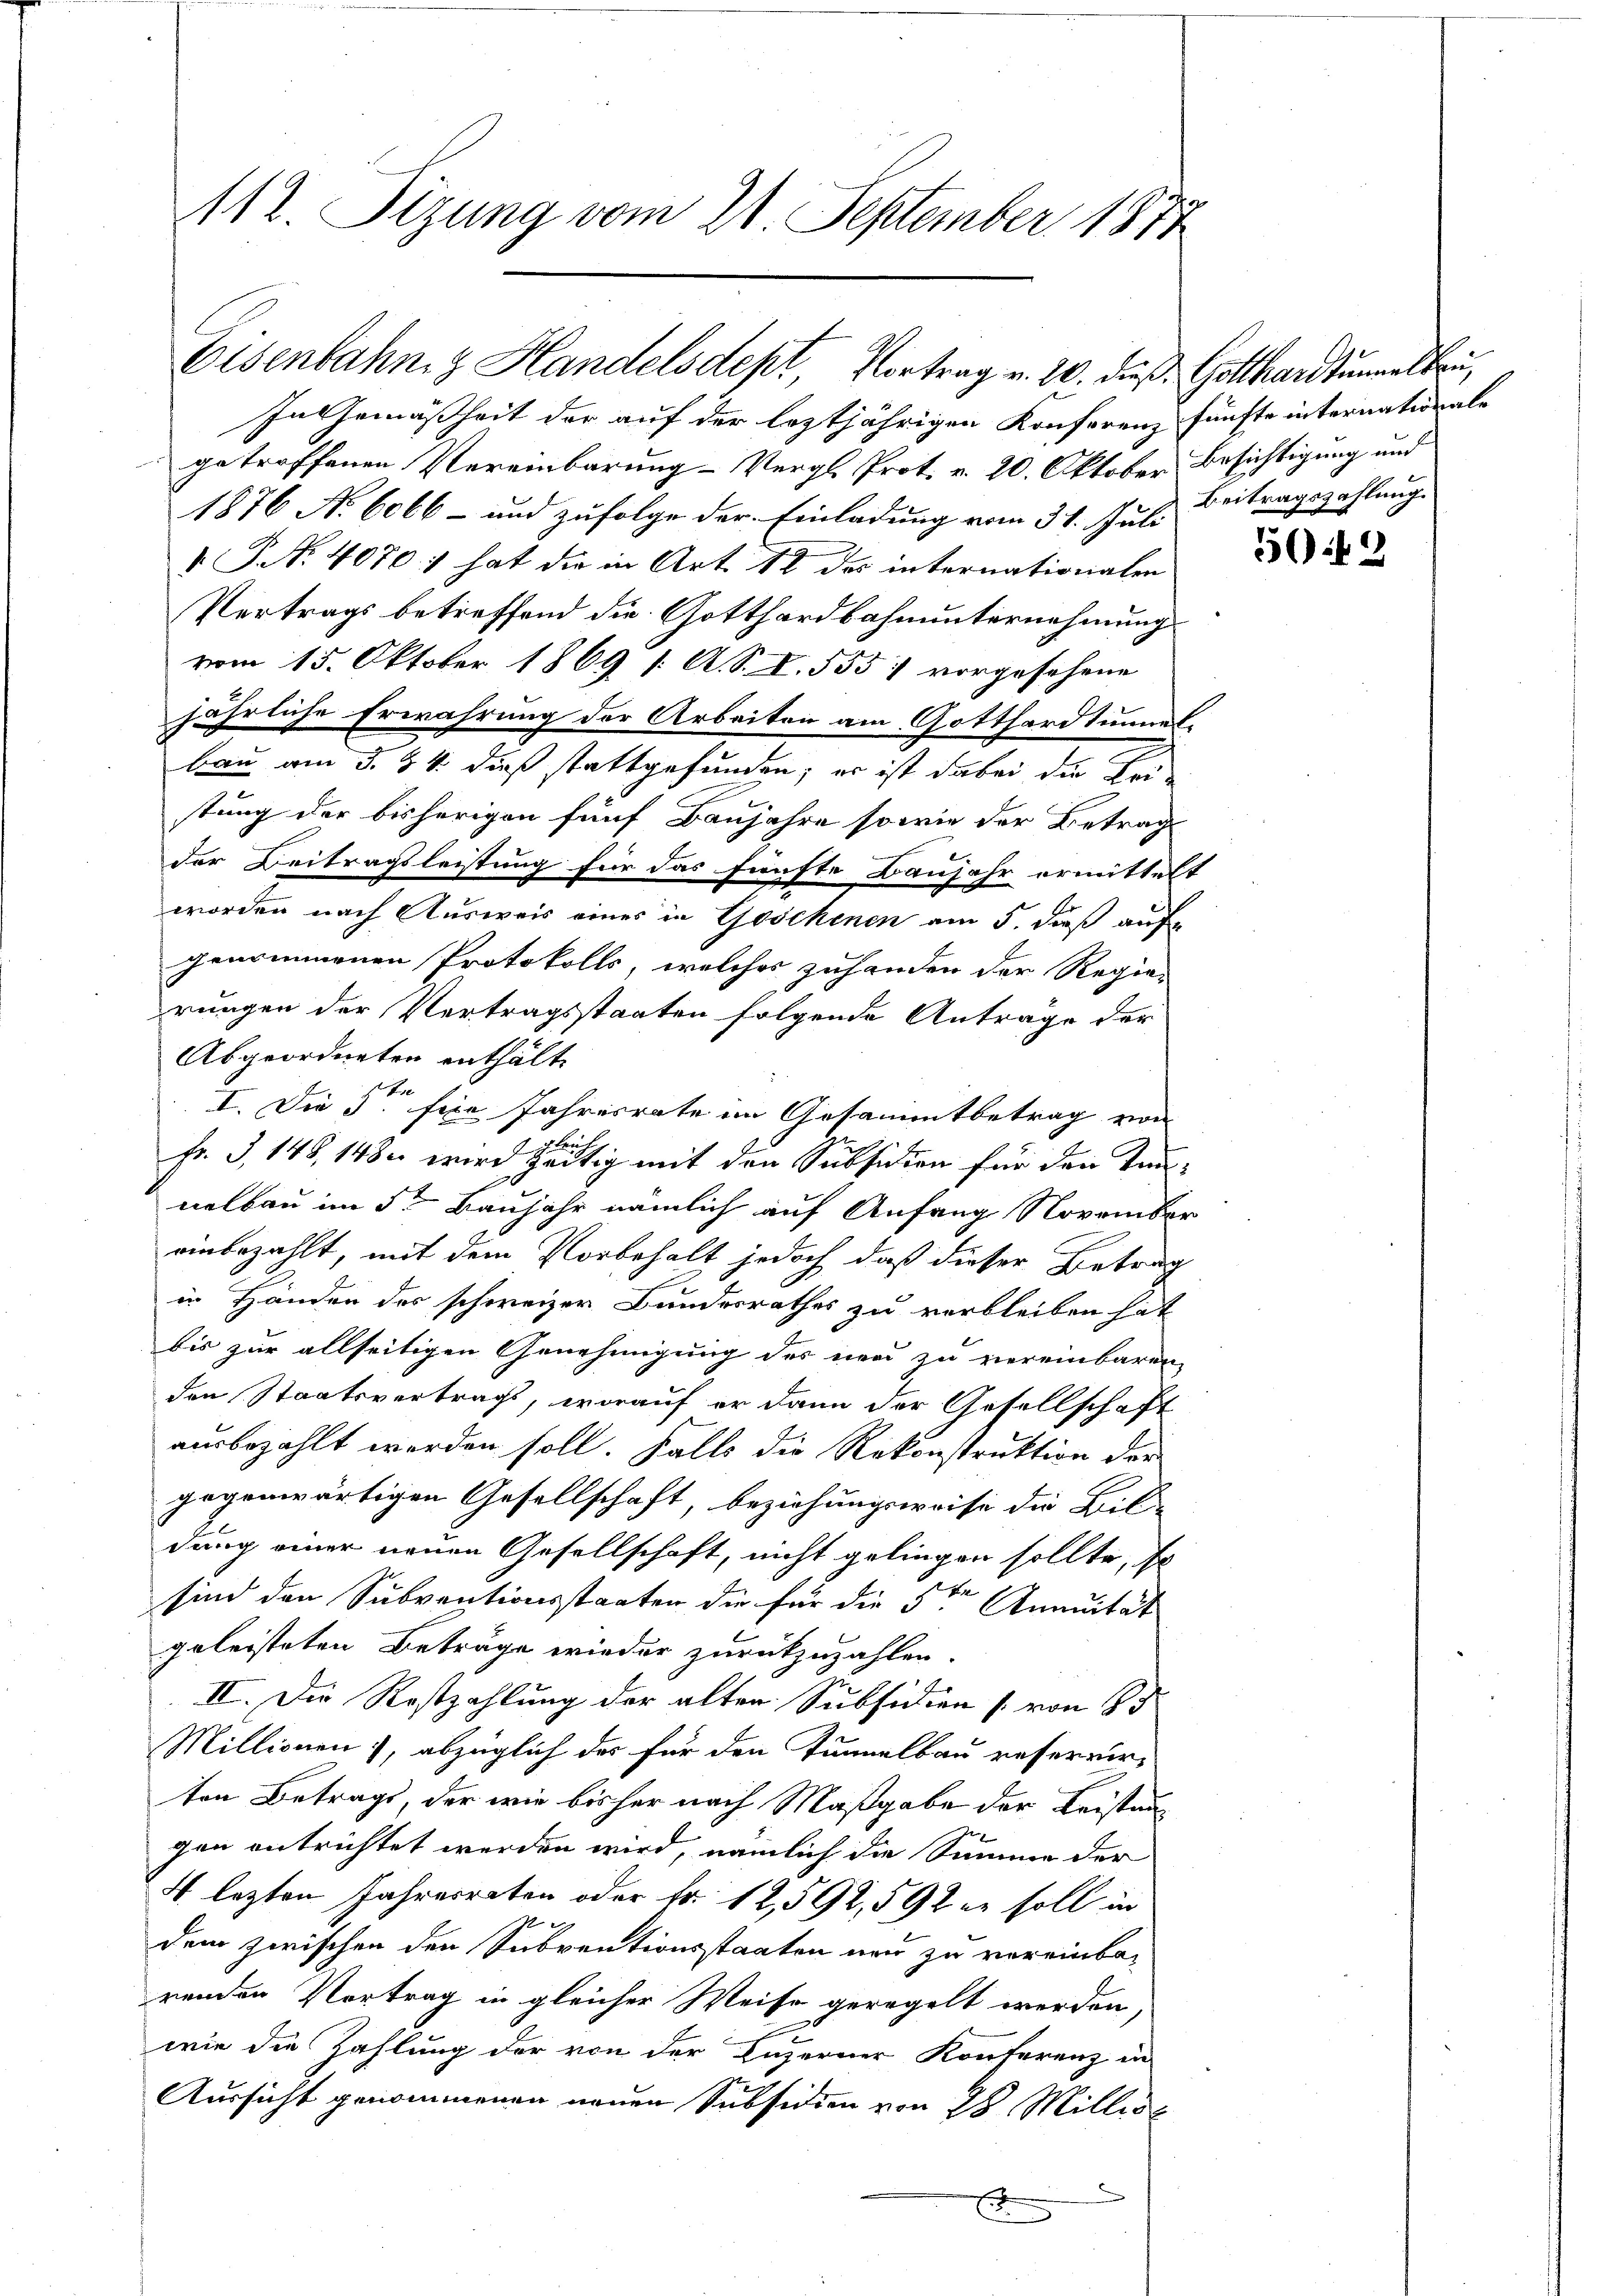
112. Sizung vom 21. September 1871

Eisenbahn & Handelsdept, Vortrag v. 20. dieß Gotthardtummelbau,

In Gemäßheit der auf der leztjährigen Konferenz fünfte internationale
getroffenen Vereinbarung - Vergl. Prot. v. 20. Oktober Besichtigung und
1876 No 6066 – und zufolge der Einladung vom 31. Juli Beitragszahlung
V. P. Nr. 4070: hat die in Art. 12 des internationalen
Vertrags betreffend die Gotthardbahnunternehmung
vom 15. Oktober 1869 /: A. S. I. 555 : vorgesehene
jährliche Erwährung der Arbeiten am Gotthardtunnelbau am 3. § 4. dieß stattgefunden; es ist dabei der Er-
stung der bisherigen fünf Baujahre sowie der Betrag
der Beitragsleistung für das fünfte Baujahr ermittelt
1
worden nach Ausweis eines in Göschenen am 5. dieß auf
genommenen Protokolls, welches zuhanden der Regier
rungen der Vertragsstaaten folgende Anträge der
Abgeordneten enthält.
I. Die 5 für Jahresrate im Gesammtbetrag von
.
Fr. 3, 148, 1482 wird zeitig mit den Subsidion für den Taunelbau im 5ten Baujahr nämlich auf Anfang November
einbezahlt, mit dem Vorbehalt jedoch daß dieser Betrag
in Handen des schweizer Bundesrathes zu verbleiben hat
bis zur allseitigen Genehmigung des neu zu vereinbaren,
den Staatsvertrags, worauf er dann der Gesellschaft
ausbezahlt werden soll. Falls die Rekonstruktion der
gegenwärtigen Gesellschaft, beziehungsweise die Bil- |
dung einer neuen Gesellschaft, nicht gelingen sollte, so
x
sind den Subventionsstaaten die für die Str. Annuität
geleisteten Beträge wieder zurückzuzahlen.
II. Die Rostzahlung der alten Subsidien (von 85
Millionen), abzüglich des für den Tunnelbau reservir-
ten Betrags, der wie bisher nach Maßgabe der Leistungen entrichtet werden wird, nämlich die Summe der
4 lezten Jahresraten oder Fr. 12,592, 592 en soll in

dem zwischen den Subventionsstaaten neu zu vereinba-
renden Vortrag in gleicher Weise geregelt werden,
wie die Zahlung der von der Luzerner Konferenz in
Aussicht genommenen neuen Subsidien von 28 Millis
f

5049